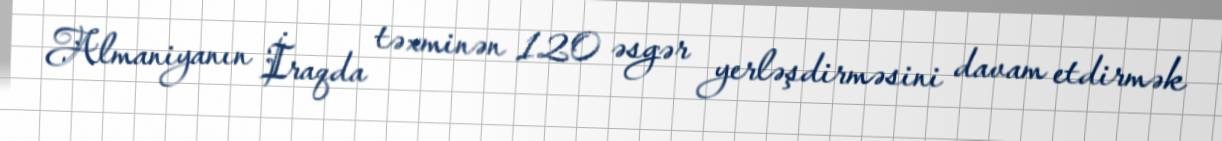
Almaniyanın İraqda təxminən 120 əsgər yerləşdirməsini davam etdirmək